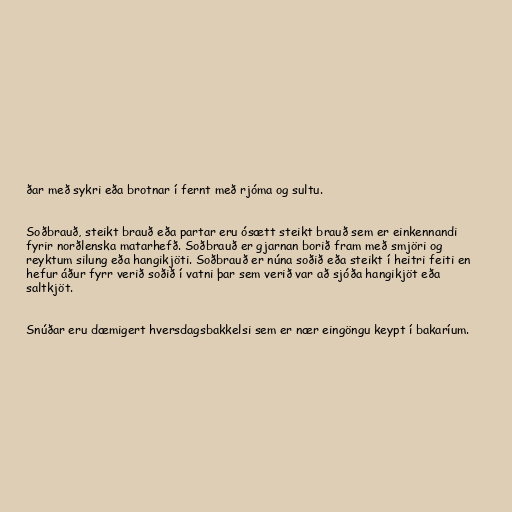
ðar með sykri eða brotnar í fernt með rjóma og sultu.

Soðbrauð, steikt brauð eða partar eru ósætt steikt brauð sem er einkennandi
fyrir norðlenska matarhefð. Soðbrauð er gjarnan borið fram með smjöri og
reyktum silung eða hangikjöti. Soðbrauð er núna soðið eða steikt í heitri feiti en
hefur áður fyrr verið soðið í vatni þar sem verið var að sjóða hangikjöt eða
saltkjöt.

Snúðar eru dæmigert hversdagsbakkelsi sem er nær eingöngu keypt í bakaríum.